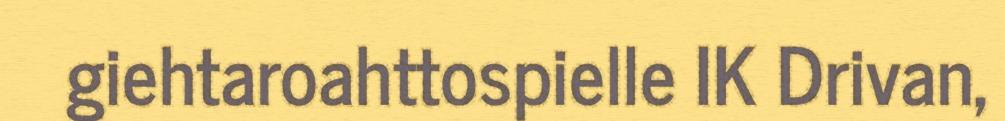
giehtaroahttospielle IK Drivan,